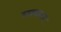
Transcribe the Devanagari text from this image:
लखन्दर